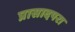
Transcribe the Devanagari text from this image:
प्रासादपरा